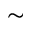
\sim